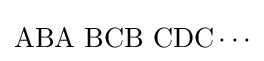
\mathrm {ABA\,\,BCB\,\,CDC\cdots }